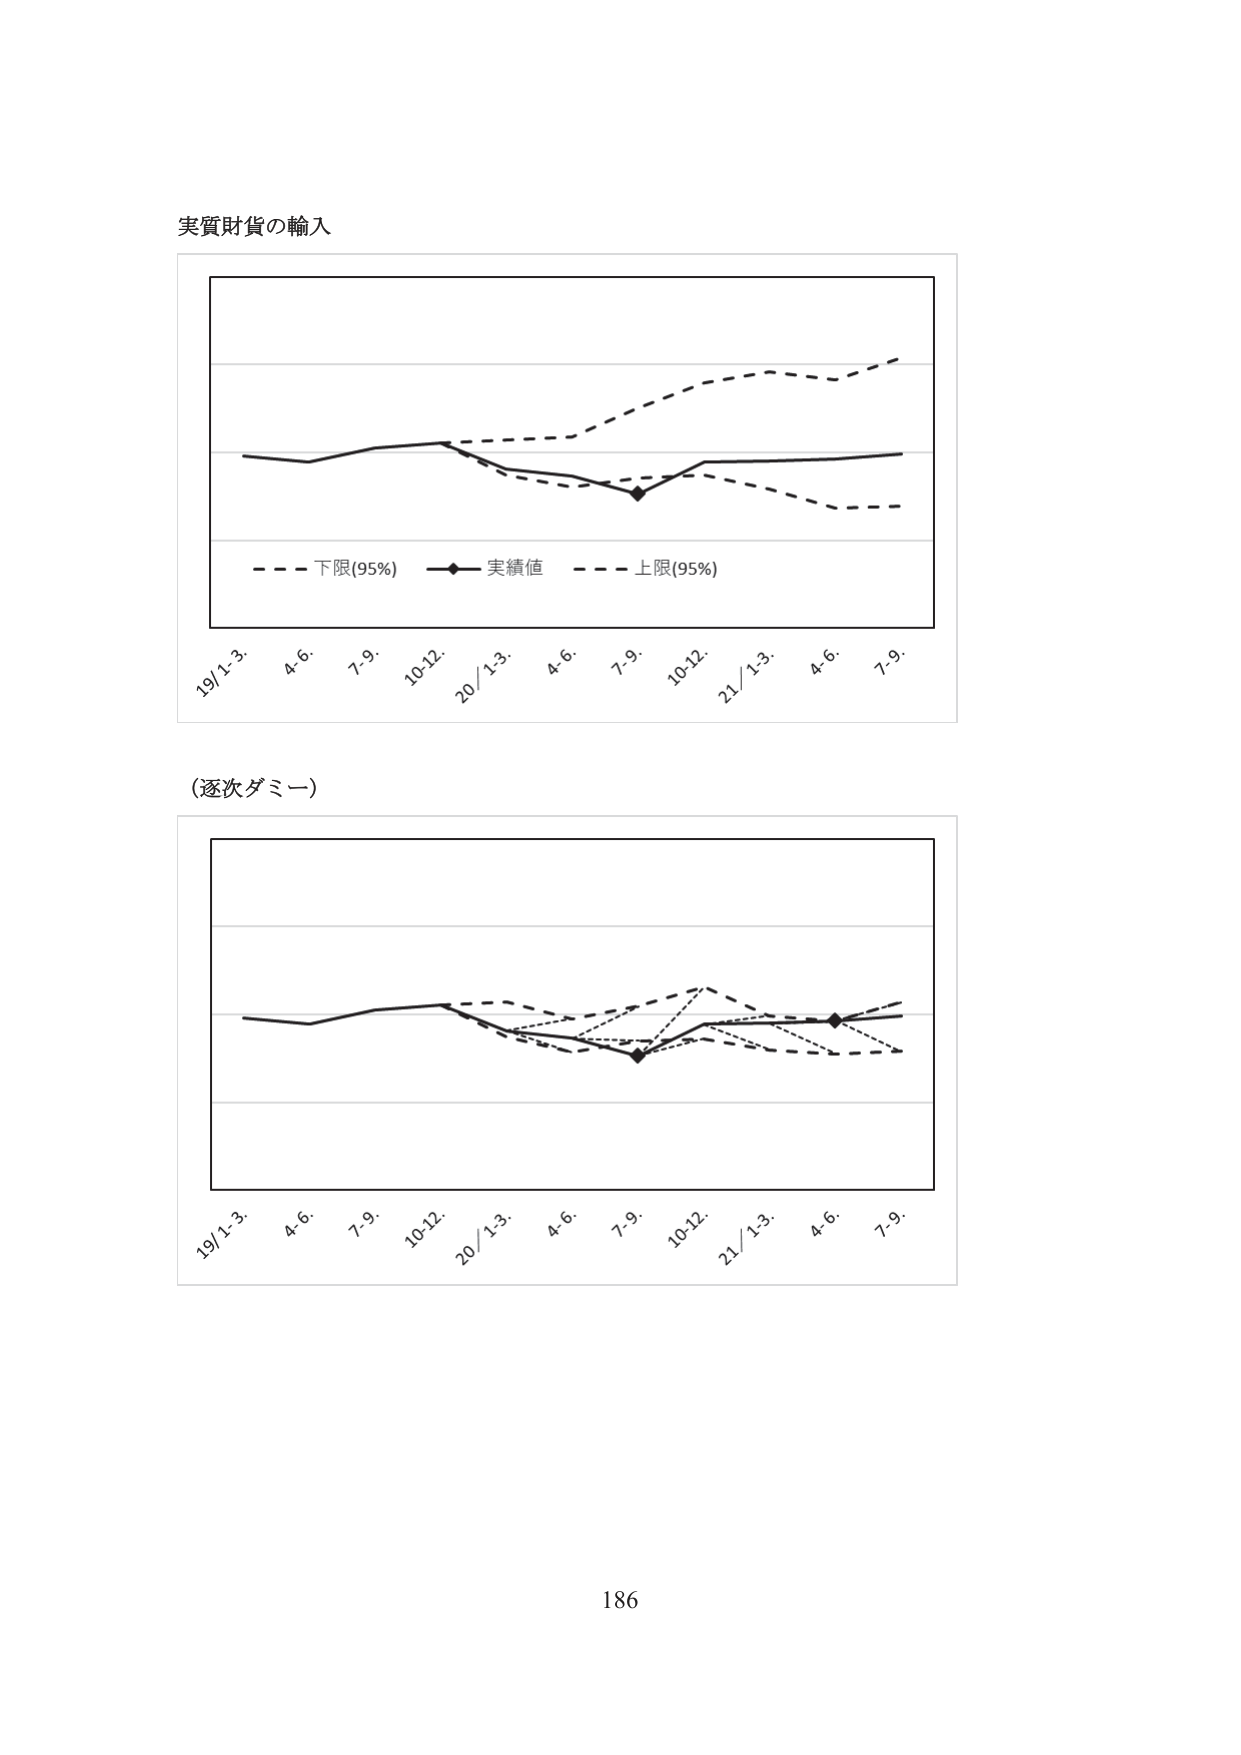
実質財貨の輸入

19/1-3. 4-6. 7-9. 10-12. 20/1-3. 4-6. 7-9. 10-12. 21/1-3. 4-6. 7-9.

- - - 下限(95%) —◆— 実績値 - - - 上限(95%)

（逐次ダミー）

19/1-3. 4-6. 7-9. 10-12. 20/1-3. 4-6. 7-9. 10-12. 21/1-3. 4-6. 7-9.

186